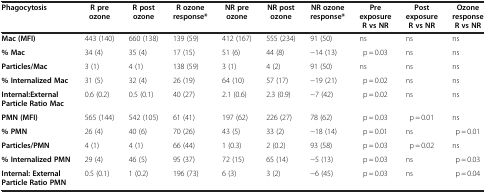
| Phagocytosis | R pre ozone | R post ozone | R ozone response* | NR pre ozone | NR post ozone | NR ozone response* | Pre exposure R vs NR | Post exposure R vs NR | Ozone response R vs NR |
 | --- | --- | --- | --- | --- | --- | --- | --- | --- | --- |
 | Mac (MFI) | 443 (140) | 660 (138) | 139 (59) | 412 (167) | 555 (234) | 91 (50) | ns | ns | ns |
 | % Mac | 34 (4) | 35 (4) | 17 (15) | 51 (6) | 44 (8) | −14 (13) | p = 0.03 | ns | ns |
 | Particles/Mac | 3 (1) | 4 (1) | 138 (59) | 3 (1) | 4 (2) | 91 (50) | ns | ns | ns |
 | % Internalized Mac | 31 (5) | 32 (4) | 26 (19) | 64 (10) | 57 (17) | −19 (21) | p = 0.02 | ns | ns |
 | Internal:External Particle Ratio Mac | 0.6 (0.2) | 0.5 (0.1) | 40 (27) | 2.1 (0.6) | 2.3 (0.9) | −7 (42) | p = 0.02 | ns | ns |
 | PMN (MFI) | 565 (144) | 542 (105) | 61 (41) | 197 (62) | 226 (27) | 78 (62) | p = 0.03 | p = 0.01 | ns |
 | % PMN | 26 (4) | 40 (6) | 70 (26) | 43 (5) | 33 (2) | −18 (14) | p = 0.01 | ns | p = 0.01 |
 | Particles/PMN | 4 (1) | 4 (1) | 66 (44) | 1 (0.3) | 2 (0.2) | 93 (58) | p = 0.03 | p = 0.02 | ns |
 | % Internalized PMN | 29 (4) | 46 (5) | 95 (37) | 72 (15) | 65 (14) | −5 (13) | p = 0.03 | ns | p = 0.03 |
 | Internal: External Particle Ratio PMN | 0.5 (0.1) | 1 (0.2) | 196 (73) | 6 (3) | 3 (2) | −6 (45) | p = 0.03 | ns | p = 0.04 |